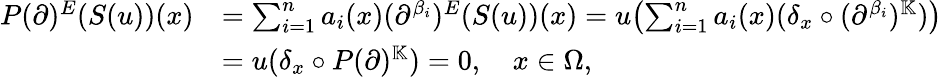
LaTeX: \begin{array}{rl}{P(\partial)^{E}(S(u))(x)}&{=\sum_{i=1}^{n}a_{i}(x)(\partial^{\beta_{i}})^{E}(S(u))(x)=u\bigl(\sum_{i=1}^{n}a_{i}(x)(\delta_{x}\circ(\partial^{\beta_{i}})^{\mathbb{K}})\bigr)}\\ &{=u(\delta_{x}\circ P(\partial)^{\mathbb{K}})=0,\quad x\in\Omega,}\end{array}